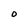
Character: O